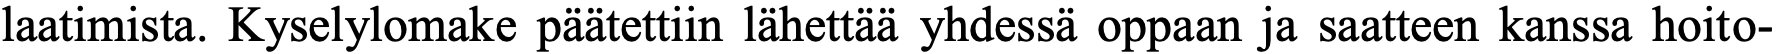
laatimista. Kyselylomake päätettiin lähettää yhdessä oppaan ja saatteen kanssa hoito-